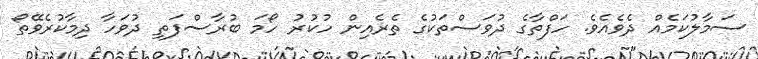
ސަމާލުކަމެއް ދެވެއެވެ. ހަފްތާގެ ދުވަސްތަކުގެ ތެރެއިން ހުކުރު ހޯމަ ބުރާސްފަތި ދުވަހާ ދިމާކުރެވޭތޯ